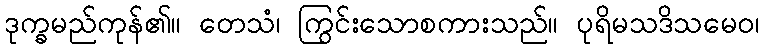
ဒုက္ခမည်ကုန်၏။ တေသံ၊ ကြွင်းသောစကားသည်။ ပုရိမသဒိသမေဝ၊